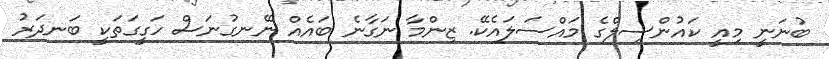
ބުނަނީ މިއީ ކައުންސިލްގެ މައްސަލައެކޭ. ޒިންމާ ނަގާނެ ބައެއް ނޭނގުނަސް ހަގީގަތަކީ ބަނދަރު